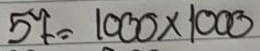
57 = 1000 x 1000